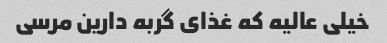
خیلی عالیه که غذای گربه دارین مرسی